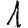
Digit: 1